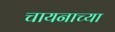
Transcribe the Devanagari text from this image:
चायनाच्या